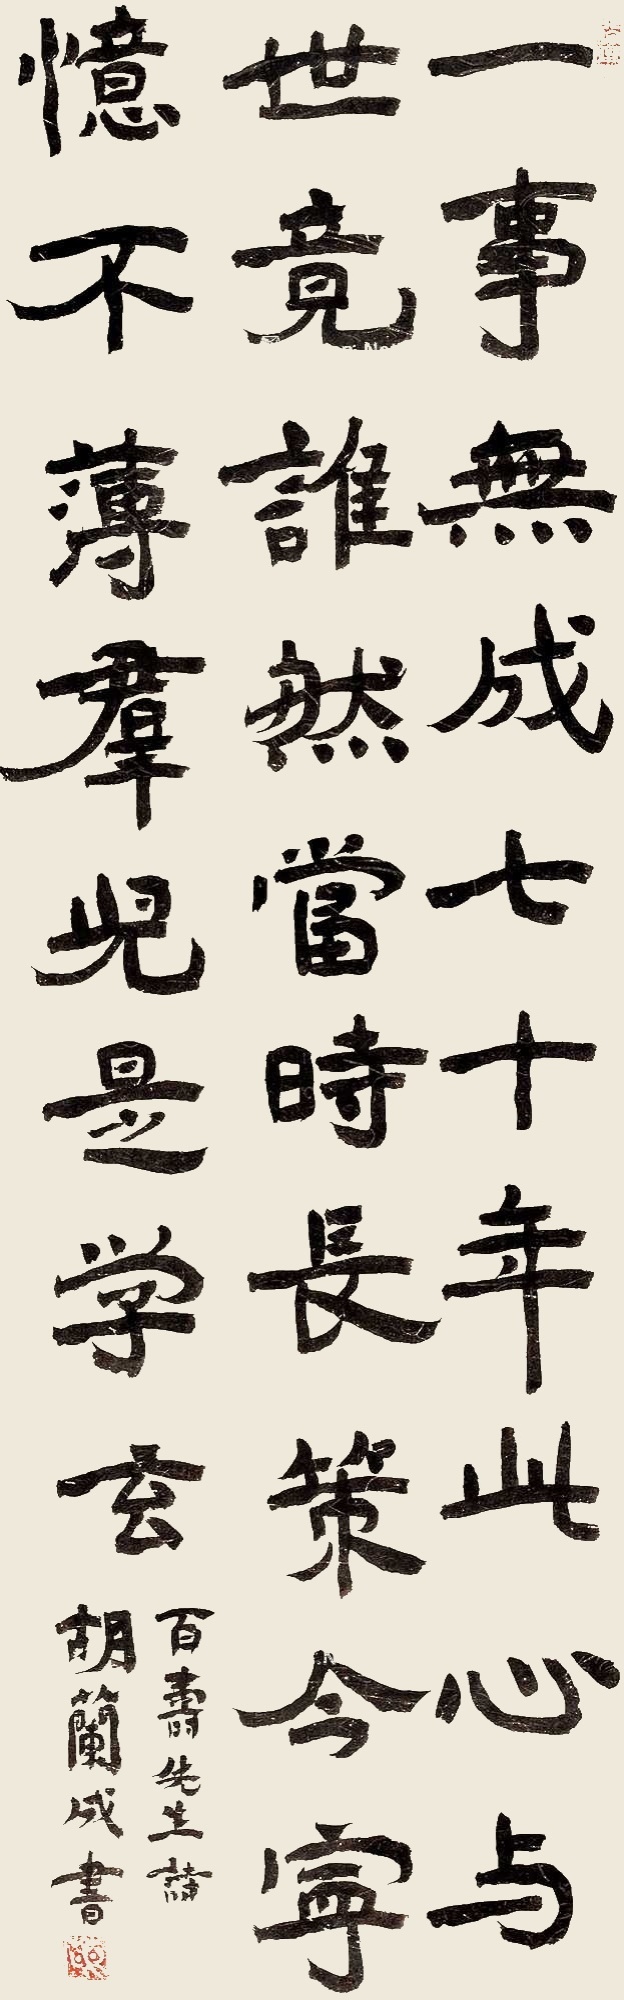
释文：一事无成七十年，此心与世竟谁然？当时长策今宁忆，不薄群儿是学玄。百寿先生诗，胡兰成书。兰（白文）